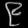
Digit: ၉